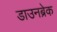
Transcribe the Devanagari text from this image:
डाउनब्रेक